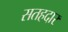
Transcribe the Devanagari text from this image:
सतहदार